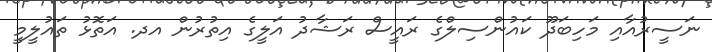
ނަސީރުއާއި މަހިބަދޫ ކައުންސިލްގެ ރައީސް ރަޝާދު އަލީގެ އިތުރުން އދ. އަތޮޅު ތައުލީމީ